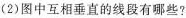
2)图中互相垂直的线段有哪些?